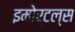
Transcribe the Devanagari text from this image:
इमोर्टल्स